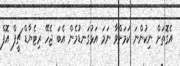
އެގޮތަށް ނިކުންނަ ކަމަށްވާ ނަމަ އަޅުގަނޑުމެން އެބަ ޖެހޭ ރިޓެޔާޑް ޗީފް އޮފް